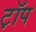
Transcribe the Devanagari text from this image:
ट़ॉप